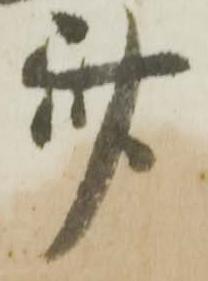
斎